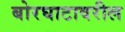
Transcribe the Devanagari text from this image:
बोरघाटावरील